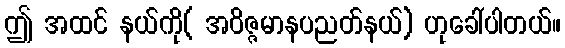
ဤ အထင် နယ်ကို( အဝိဇ္ဇမာနပညတ်နယ်) ဟုခေါ်ပါတယ်။